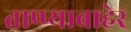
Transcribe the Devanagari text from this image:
ताप्प्याबाहेर